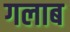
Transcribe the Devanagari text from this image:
गलाब